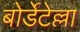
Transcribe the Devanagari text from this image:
बोर्डेटेल्ला